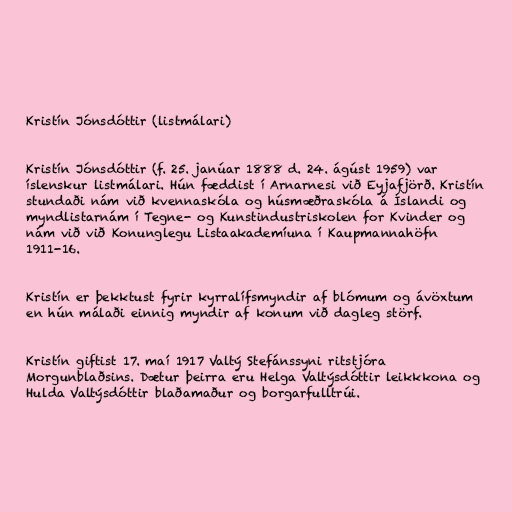
Kristín Jónsdóttir (listmálari)

Kristín Jónsdóttir (f. 25. janúar 1888 d. 24. ágúst 1959) var
íslenskur listmálari. Hún fæddist í Arnarnesi við Eyjafjörð. Kristín
stundaði nám við kvennaskóla og húsmæðraskóla á Íslandi og
myndlistarnám í Tegne- og Kunstindustriskolen for Kvinder og
nám við við Konunglegu Listaakademíuna í Kaupmannahöfn
1911-16.

Kristín er þekktust fyrir kyrralífsmyndir af blómum og ávöxtum
en hún málaði einnig myndir af konum við dagleg störf.

Kristín giftist 17. maí 1917 Valtý Stefánssyni ritstjóra
Morgunblaðsins. Dætur þeirra eru Helga Valtýsdóttir leikkkona og
Hulda Valtýsdóttir blaðamaður og borgarfulltrúi.